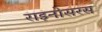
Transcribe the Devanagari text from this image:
राइनोसरस